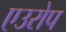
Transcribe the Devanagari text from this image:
एउरोप